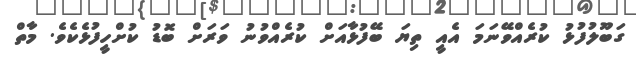
ގަބޫލުފުޅު ކުރެއްވޭނަމަ އެއީ ތިޔަ ބޭފުޅާއަށް ކުރެއްވުނު ވަރަށް ބޮޑު ކުށްހީފުޅެކެވެ. މާތް